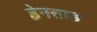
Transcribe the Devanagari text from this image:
ह्वेनसाङ